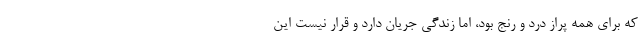
که برای همه پراز درد و رنج بود، اما زندگی جریان دارد و قرار نیست این